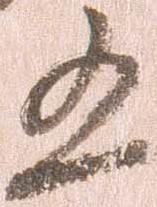
五